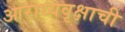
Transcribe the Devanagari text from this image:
आराध्यवृक्षाची